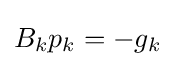
{\textstyle B_{k}p_{k}=-g_{k}}